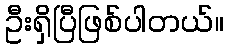
ဦးရှိပြီဖြစ်ပါတယ်။